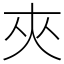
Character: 夾